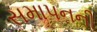
સમાપનની